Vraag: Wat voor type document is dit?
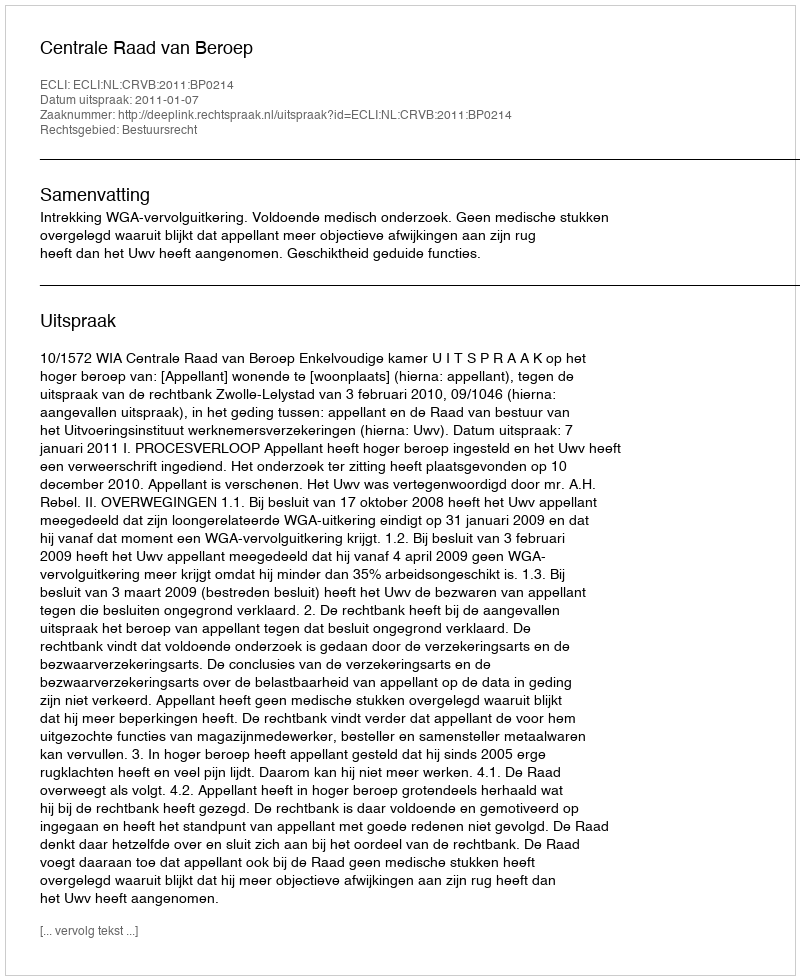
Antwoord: Uitspraak